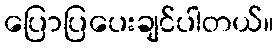
ပြောပြပေးချင်ပါတယ်။